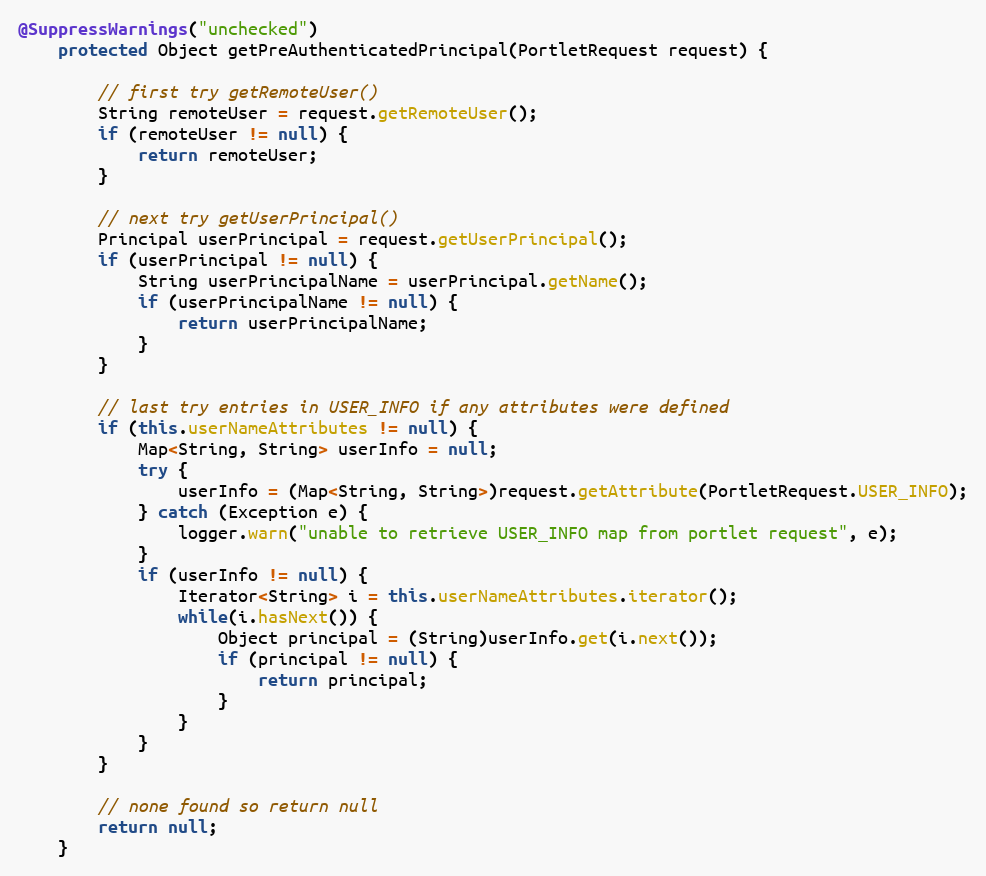
Language: Java
@SuppressWarnings("unchecked")
    protected Object getPreAuthenticatedPrincipal(PortletRequest request) {

        // first try getRemoteUser()
        String remoteUser = request.getRemoteUser();
        if (remoteUser != null) {
            return remoteUser;
        }

        // next try getUserPrincipal()
        Principal userPrincipal = request.getUserPrincipal();
        if (userPrincipal != null) {
            String userPrincipalName = userPrincipal.getName();
            if (userPrincipalName != null) {
                return userPrincipalName;
            }
        }

        // last try entries in USER_INFO if any attributes were defined
        if (this.userNameAttributes != null) {
            Map<String, String> userInfo = null;
            try {
                userInfo = (Map<String, String>)request.getAttribute(PortletRequest.USER_INFO);
            } catch (Exception e) {
                logger.warn("unable to retrieve USER_INFO map from portlet request", e);
            }
            if (userInfo != null) {
                Iterator<String> i = this.userNameAttributes.iterator();
                while(i.hasNext()) {
                    Object principal = (String)userInfo.get(i.next());
                    if (principal != null) {
                        return principal;
                    }
                }
            }
        }

        // none found so return null
        return null;
    }